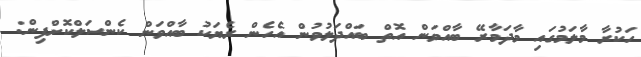
ހަކުރާ މާލަމުގައި މާދަމާރޭ ބާއްވަން އޮތް ބައްދަލުވުން އެހެން ރެޔަކު ބާއްވަން ކެންސަލްކޮށްފިން: